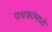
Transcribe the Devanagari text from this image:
पथकांमध्ये